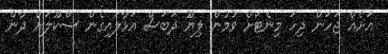
އަށެއް ޖަހަން ދިހަ މިނެޓަށް ވުމުން ލިޔޫ ދަބަސް އަޅާލައިގެން ސްކޫލަށް ދާން